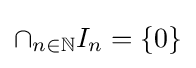
\cap _{n\in \mathbb {N} }I_{n}=\{0\}